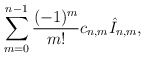
\begin{align*} \sum_{m=0}^{n-1}\frac{(-1)^m}{m!}c_{n,m}\hat{I}_{n,m},\end{align*}